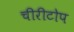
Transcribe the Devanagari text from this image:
चीरीटोप